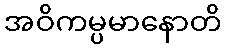
အဝိကမ္ပမာနောတိ